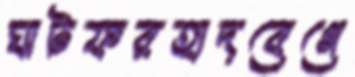
ঘাটফরহাদবেগে